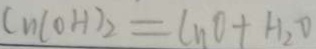
C u ( O H ) _ { 2 } = C u O + H _ { 2 } O